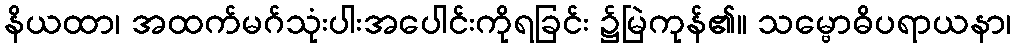
နိယထာ၊ အထက်မဂ်သုံးပါးအပေါင်းကိုရခြင်း ၌မြဲကုန်၏။ သမ္ဗောဓိပရာယနာ၊